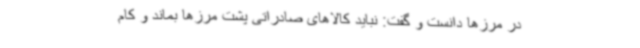
در مرزها دانست و گفت: نباید کالاهای صادراتی پشت مرزها بماند و کام